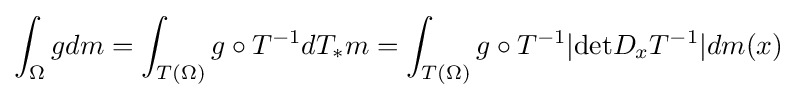
\int _{\Omega }gdm=\int _{T(\Omega )}g\circ T^{-1}dT_{*}m=\int _{T(\Omega )}g\circ T^{-1}|{\text{det}}D_{x}T^{-1}|dm(x)